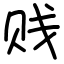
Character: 贱